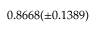
0 . 8 6 6 8 ( \pm 0 . 1 3 8 9 )